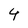
Character: 4